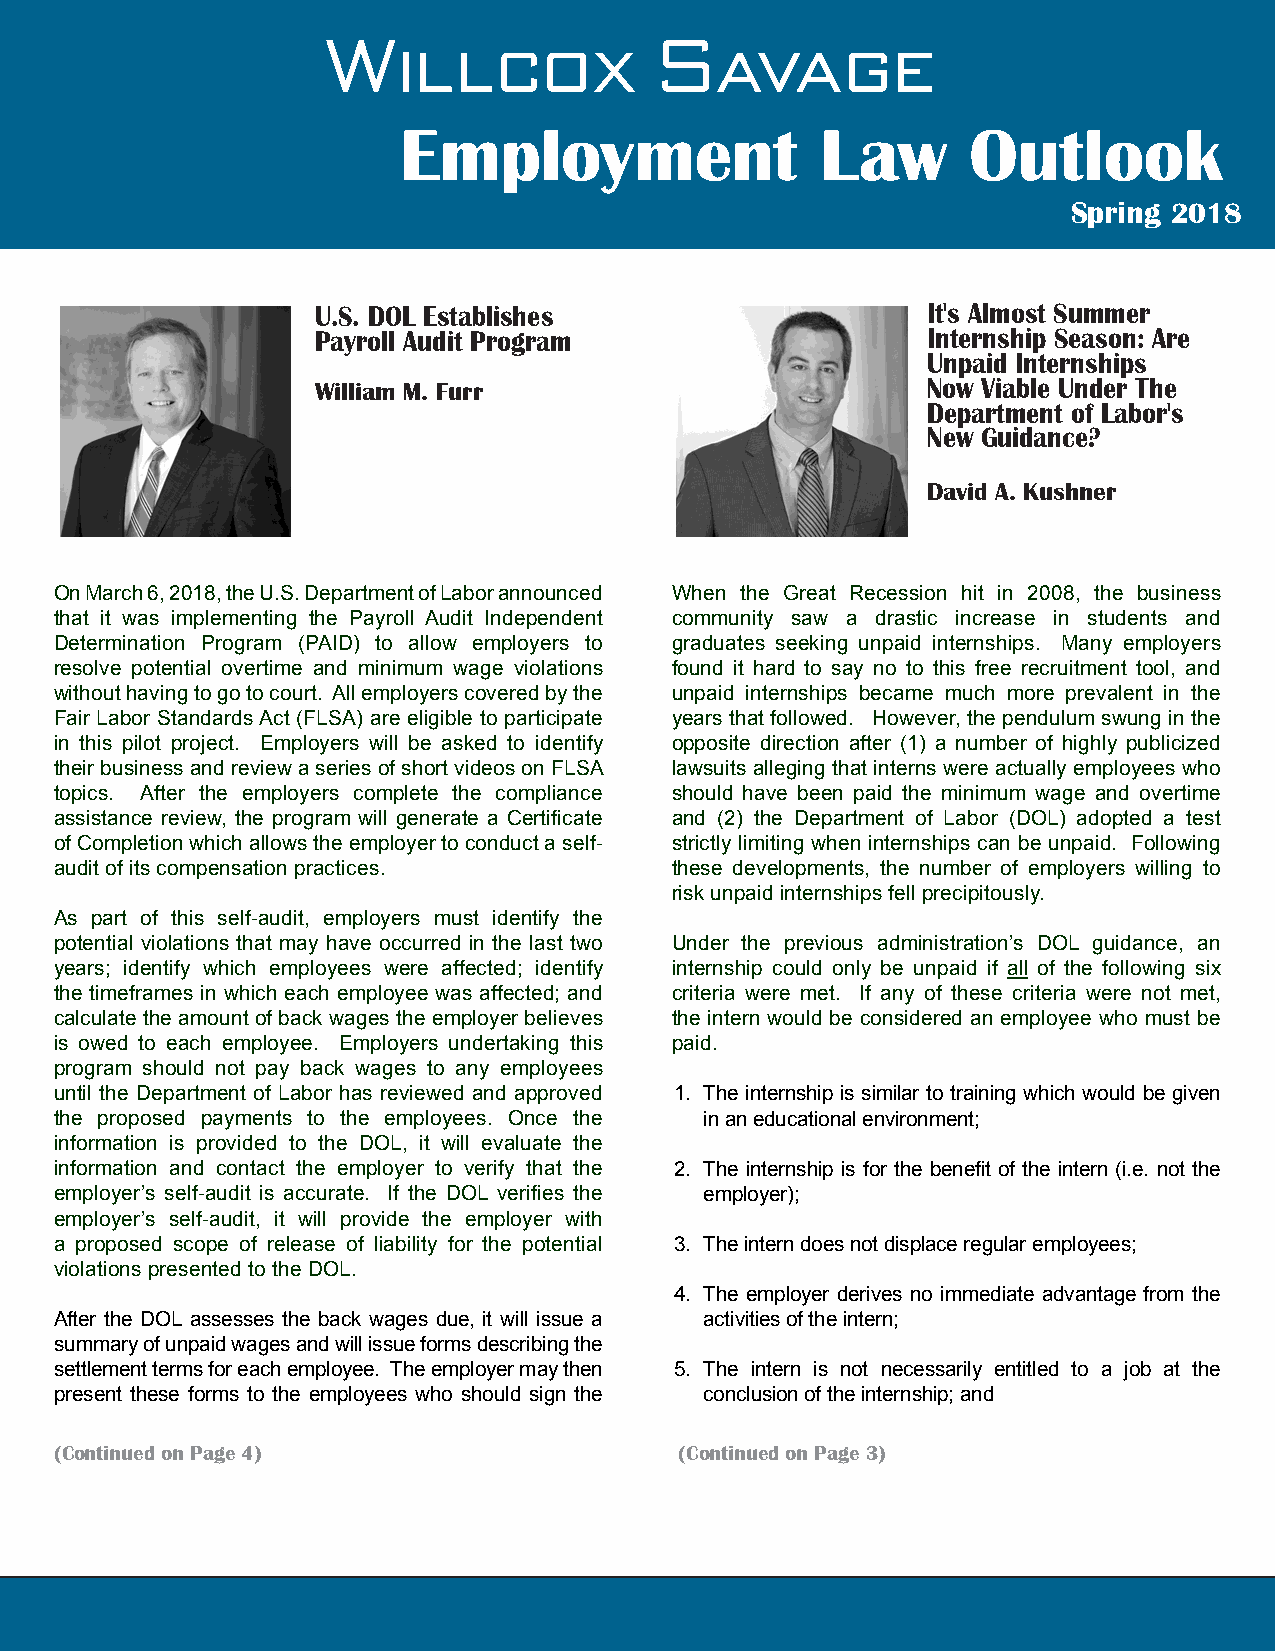
Willcox              Savage
 Employment                  Law       Outlook
 Spring 2018
 U.S. DOL Establishes                    It's Almost Summer
 Payroll Audit Program                   Internship Season: Are
 Unpaid Internships
 William M. Furr                         Now Viable Under The
 Department of Labor's
 New Guidance?
 David A. Kushner
 On March 6, 2018, the U.S. Department of Labor announced When the Great Recession hit in 2008, the business
 that it was implementing the Payroll Audit Independent community saw a drastic increase in students and
 Determination Program (PAID) to allow employers to graduates seeking unpaid internships. Many employers
 resolve potential overtime and minimum wage violations found it hard to say no to this free recruitment tool, and
 without having to go to court. All employers covered by the unpaid internships became much more prevalent in the
 Fair Labor Standards Act (FLSA) are eligible to participate years that followed. However, the pendulum swung in the
 in this pilot project. Employers will be asked to identify opposite direction after (1) a number of highly publicized
 their business and review a series of short videos on FLSA lawsuits alleging that interns were actually employees who
 topics. After the employers complete the compliance should have been paid the minimum wage and overtime
 assistance review, the program will generate a Certificate and (2) the Department of Labor (DOL) adopted a test
 of Completion which allows the employer to conduct a self- strictly limiting when internships can be unpaid. Following
 audit of its compensation practices.    these developments, the number of employers willing to
 risk unpaid internships fell precipitously.
 As part of this self-audit, employers must identify the
 potential violations that may have occurred in the last two Under the previous administration’s DOL guidance, an
 years; identify which employees were affected; identify internship could only be unpaid if all of the following six
 the timeframes in which each employee was affected; and criteria were met. If any of these criteria were not met,
 calculate the amount of back wages the employer believes the intern would be considered an employee who must be
 is owed to each employee. Employers undertaking this paid.
 program should not pay back wages to any employees
 until the Department of Labor has reviewed and approved 1. The internship is similar to training which would be given
 the proposed payments to the employees. Once the in an educational environment;
 information is provided to the DOL, it will evaluate the
 information and contact the employer to verify that the 2. The internship is for the benefit of the intern (i.e. not the
 employer’s self-audit is accurate. If the DOL verifies the employer);
 employer’s self-audit, it will provide the employer with
 a proposed scope of release of liability for the potential 3. The intern does not displace regular employees;
 violations presented to the DOL.
 4. The employer derives no immediate advantage from the
 After the DOL assesses the back wages due, it will issue a activities of the intern;
 summary of unpaid wages and will issue forms describing the
 settlement terms for each employee. The employer may then 5. The intern is not necessarily entitled to a job at the
 present these forms to the employees who should sign the conclusion of the internship; and
 (Continued on Page 4)                    (Continued on Page 3)